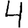
Digit: 4